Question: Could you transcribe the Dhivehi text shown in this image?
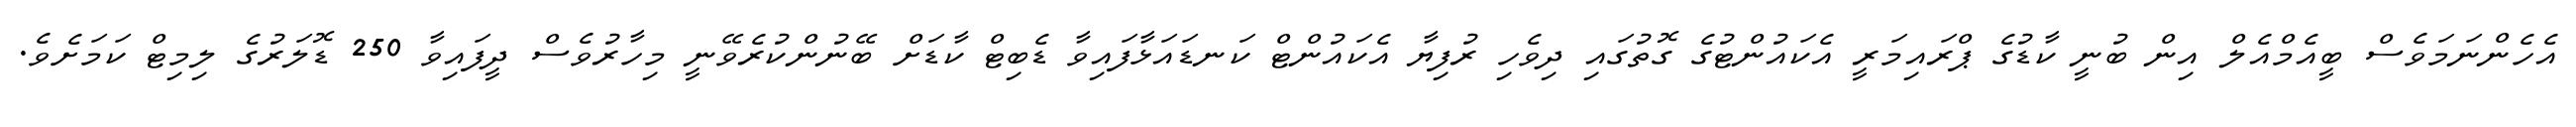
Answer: އެހެންނަމަވެސް ބީއެމްއެލް އިން ބުނީ ކާޑުގެ ޕްރައިމަރީ އެކައުންޓުގެ ގޮތުގައި ދިވެހި ރުފިޔާ އެކައުންޓް ކަނޑައަޅާފައިވާ ޑެބިޓް ކާޑަށް ބޭނުންކުރެވޭނީ މިހާރުވެސް ދީފައިވާ 250 ޑޮލަރުގެ ލިމިޓް ކަމަށެވެ.